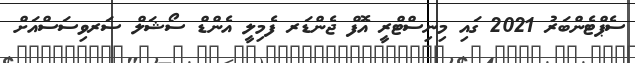
ސެޕްޓެންބަރު 2021 ގައި މިނިސްޓްރީ އޮފް ޖެންޑަރ ފެމިލީ އެންޑް ސޯޝަލް ސަރވިސަސްއަށް